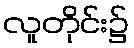
လူတိုင်း၌